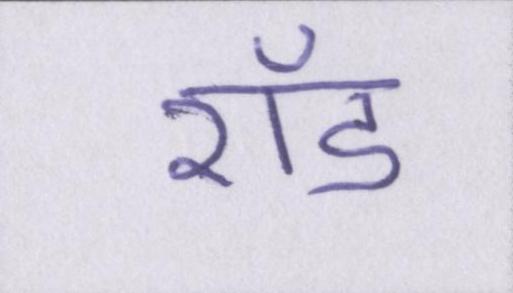
रॉड